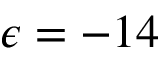
\epsilon = - 1 4